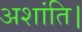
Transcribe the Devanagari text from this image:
अशांति।